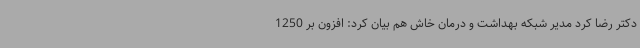
دکتر رضا کرد مدیر شبکه بهداشت و درمان خاش هم بیان کرد: افزون بر 1250